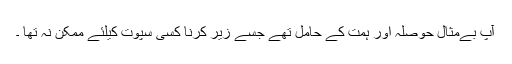
آپ بےمثال حوصلہ اور ہمت کے حامل تھے جسے زیر کرنا کسی سپوت کیلئے ممکن نہ تھا ۔